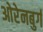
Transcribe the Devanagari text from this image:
ओरेनबुर्ग